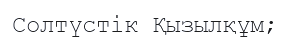
Солтүстік Қызылқұм;